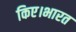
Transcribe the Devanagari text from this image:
किए।भारत